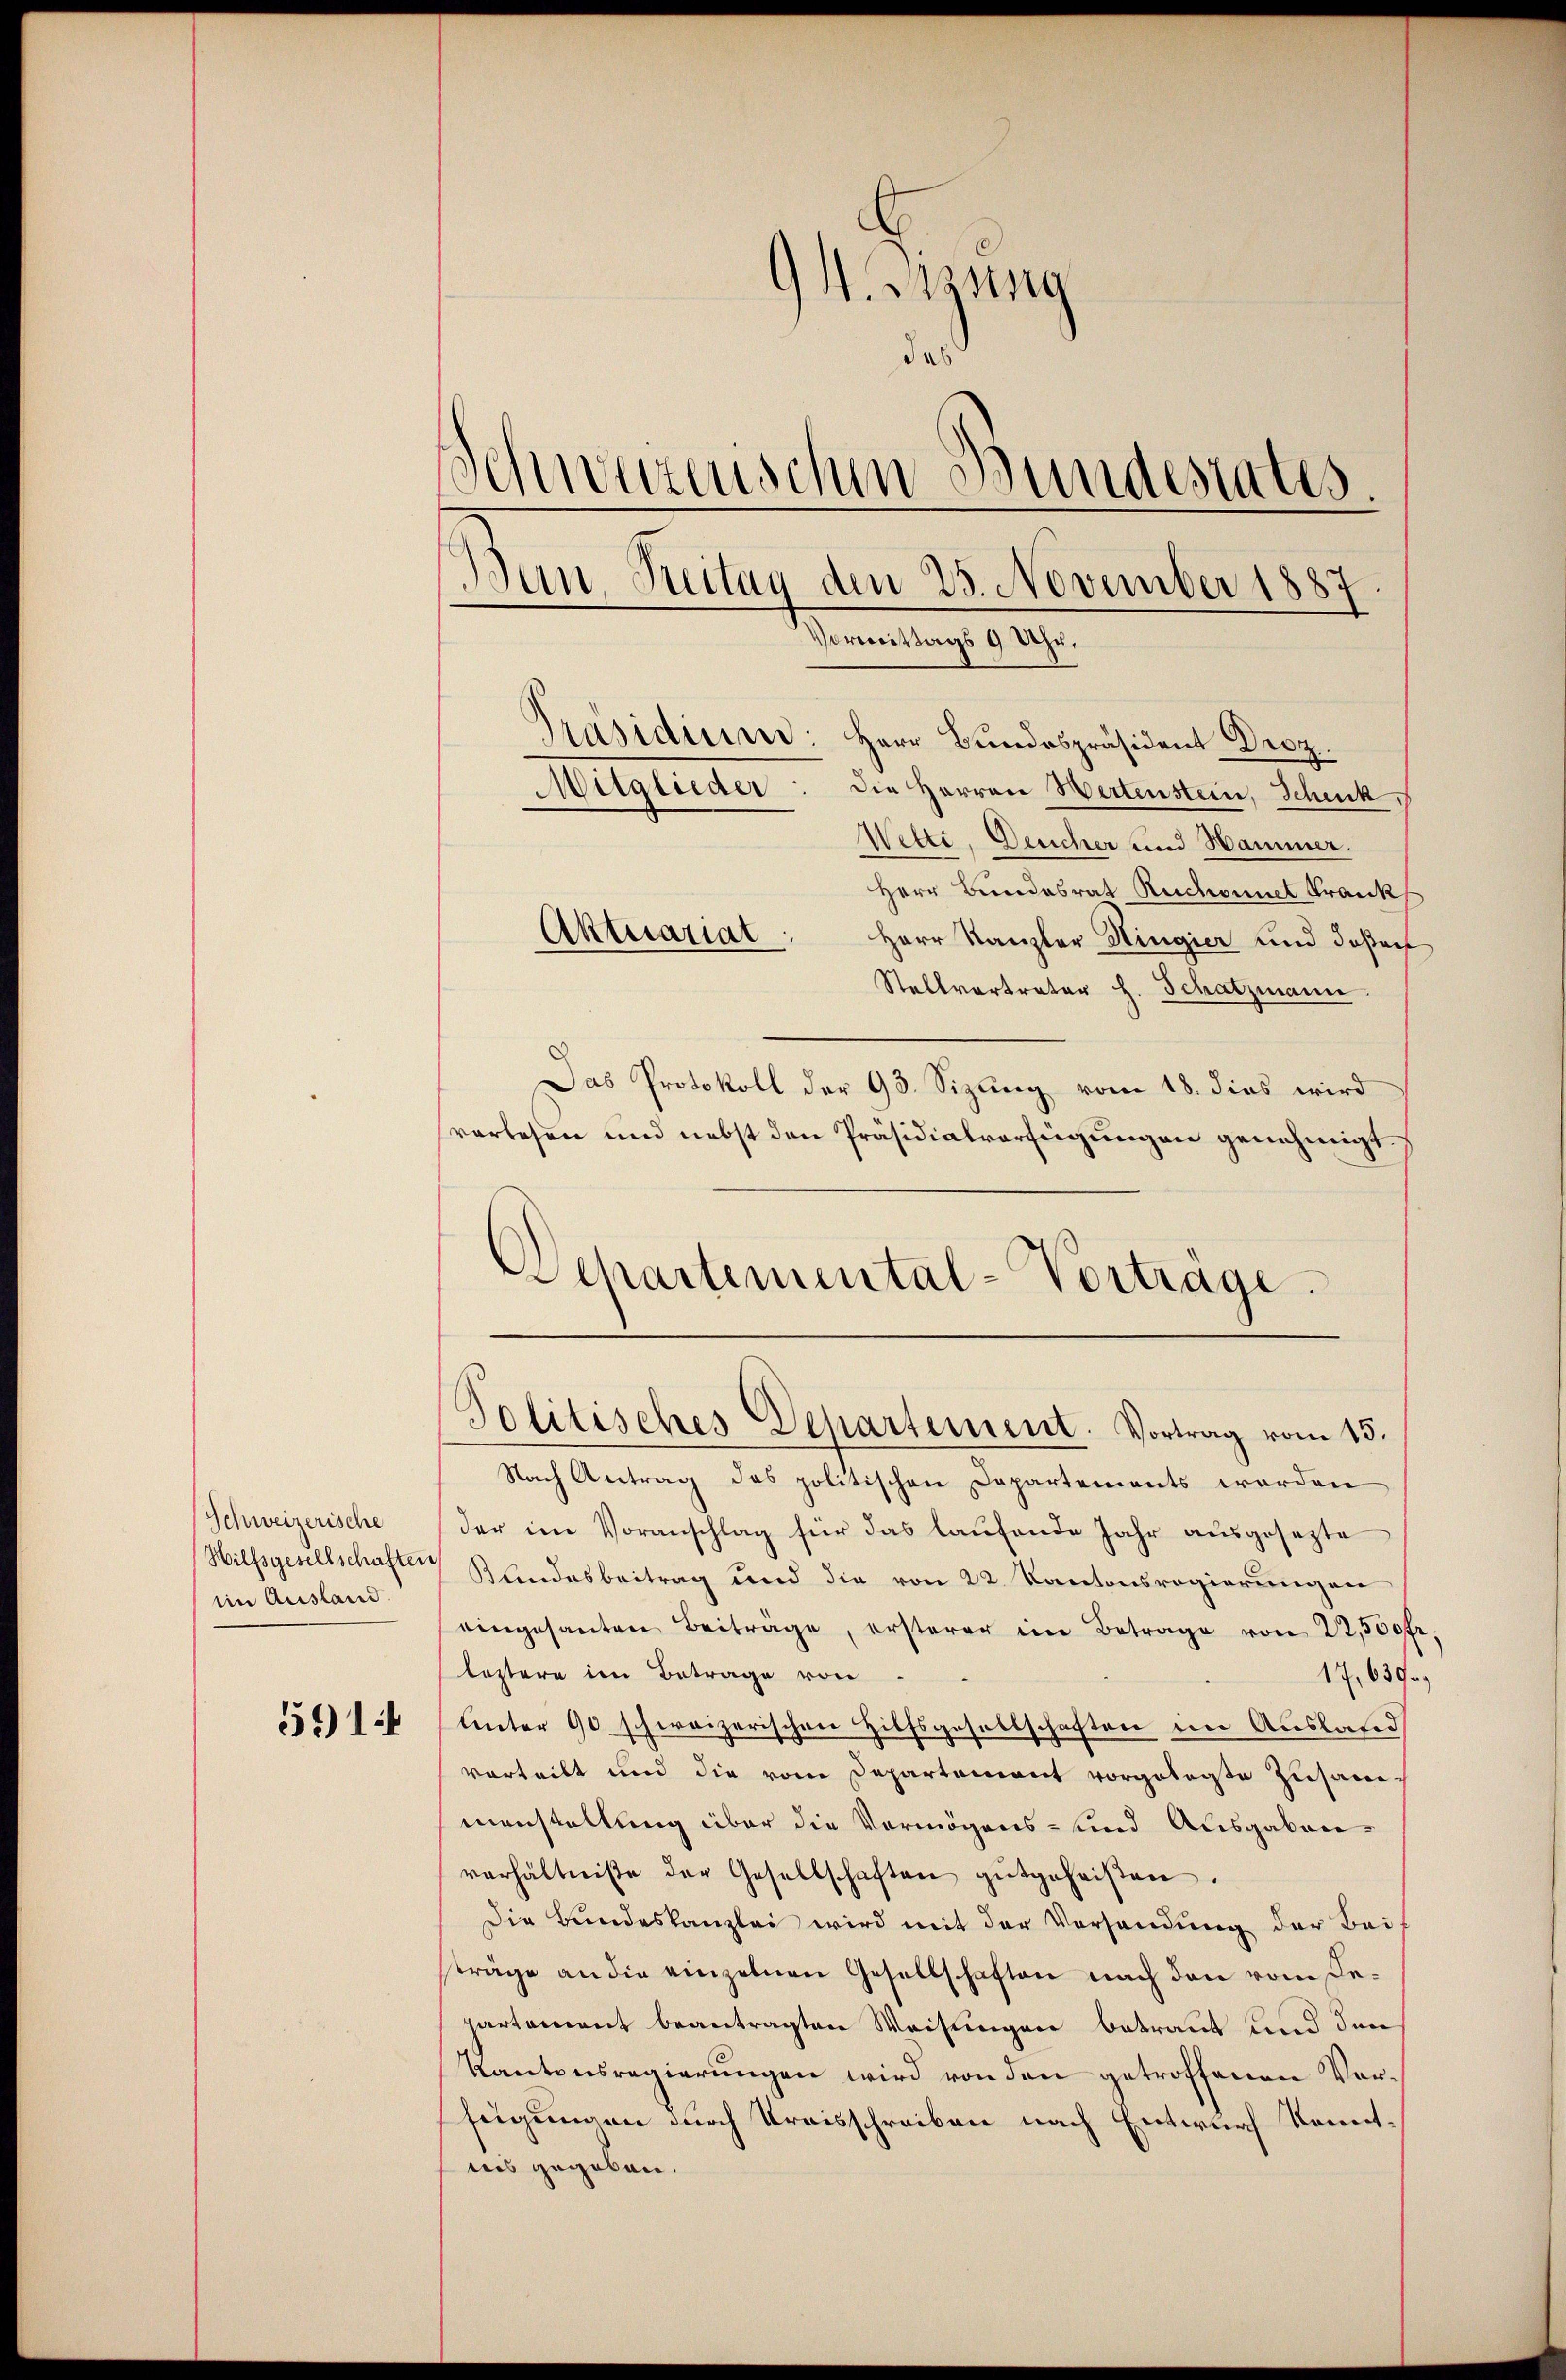
Schweizerische
Hilfsgesellschafter
eim Ausland.

591:

91. Sizung
das
Schwurnischen Bundestatis
Ban Treitag den 25. November 1887
Vormittags 9 Uhr,
Präsidier: Herr Bundespräsident Droz.
Mitglieder: die Herren Wertenstein, Schick
Wette, Deucher und Hammer.
Herr Bundesrat Ruchonnet Frank

Herr Kanzler Hingier und daßec
Stellvertreter h. Schatzmann.
Das Protokoll der 93. Sizung vom 18. dies wird
vorlesen und nebst den Präsidialverfügungen genehmigt.
Departemental-Vortrage.

Aktuariat

Politisches Departement. Vortrag vom 15.

Nach Antrag des politischen Departements werden
der im Voranschlag für das laufende Jahr ausgesezte
Klindesbeitrag und die von 22 Kantonsregierungen
eingesanten Beiträge, ersterer im Betrage von 22,500 fr.
leztere im Betrage von
17,630
unter 90 schweizerischen Hilfsgesellschaften im Ausland
vorteilt und die vom Departement vorgelegte Zusammanstellung über die Vermögens- und Ausgabenverhältniße der Gesellschaften gutgeheißen.
Die Bundeskanzlei wird mit der Vorsendung der Bei-
sträge an die einzelnen Gesellschaften nach den vom Repartement beantragten Weisungen betraut und den
Kantonsregierungen wird von den getroffenen Vorfügungen durch Kreisschreiben nach Entwurf konntnis gegeben.